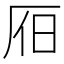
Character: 𣅛